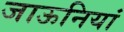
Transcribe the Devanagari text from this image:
जाऊनियां